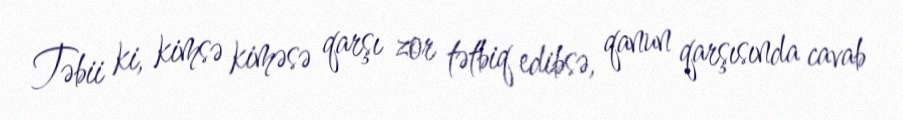
Təbii ki, kimsə kiməsə qarşı zor tətbiq edibsə, qanun qarşısında cavab